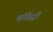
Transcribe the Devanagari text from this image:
मॉनेस्‍ट्री